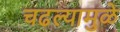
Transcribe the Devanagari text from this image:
चढल्यामुळे